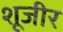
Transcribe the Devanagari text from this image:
शूजीर